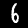
Digit: 6